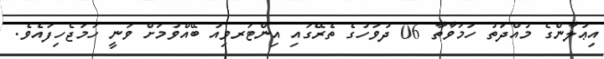
އިޢުލާންގެ މުއްދަތު ހަމަވާތާ 06 ދުވަހުގެ ތެރޭގައި އިންޓަރވިއު ބޭއްވުމަށް ވަނީ ހަމަޖެހިފައެވެ.